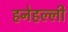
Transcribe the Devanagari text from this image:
हनेहल्ली